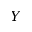
Y